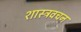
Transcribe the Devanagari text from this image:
शास्त्रवचन